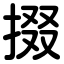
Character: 掇